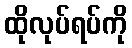
ထိုလုပ်ရပ်ကို